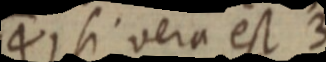
14) si vera est 3